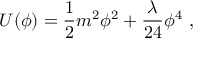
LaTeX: U ( \phi ) = { \frac { 1 } { 2 } } m ^ { 2 } \phi ^ { 2 } + { \frac { \lambda } { 2 4 } } \phi ^ { 4 } ~ ,